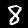
Digit: 8